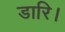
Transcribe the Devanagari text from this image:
डारि।